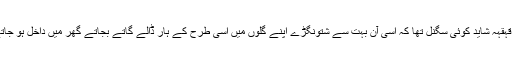
اس کا قہقہہ شاید کوئی سگنل تھا کہ اسی آن بہت سے شتونگڑے اپنے گلوں میں اسی طرح کے ہار ڈالے گاتے بجاتے گھر میں داخل ہو جاتے ہیں۔